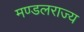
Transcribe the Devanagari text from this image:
मण्डलराज्य